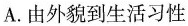
A.由外貌到生活习性